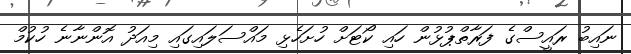
ނައިބު ރައީސްގެ ފަރާތްޕުޅުން ހައި ކޯޓަށް ހުށަހެޅި މައްސަލައިގައި މިއަދު އޮންނާނެ ހުކުމް